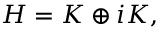
H = K \oplus i K ,